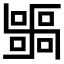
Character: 𭅫